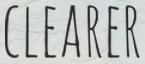
CLEARER